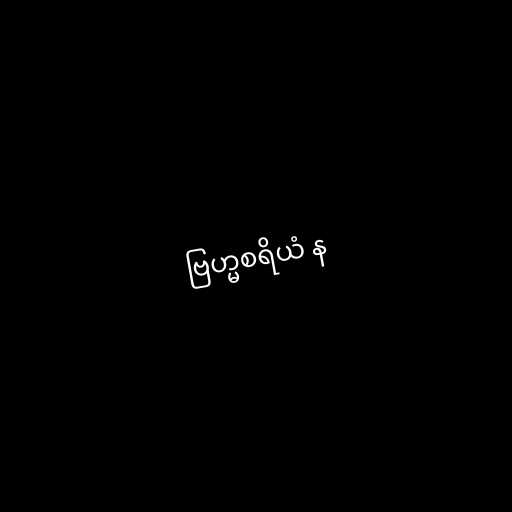
ဗြဟ္မစရိယံ န